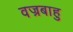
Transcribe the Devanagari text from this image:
वज्रबाहु